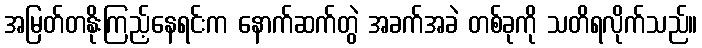
အမြတ်တနိုးကြည့်နေရင်းက နောက်ဆက်တွဲ အခက်အခဲ တစ်ခုကို သတိရလိုက်သည်။